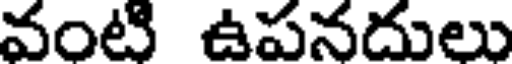
వంటి ఉపనదులు